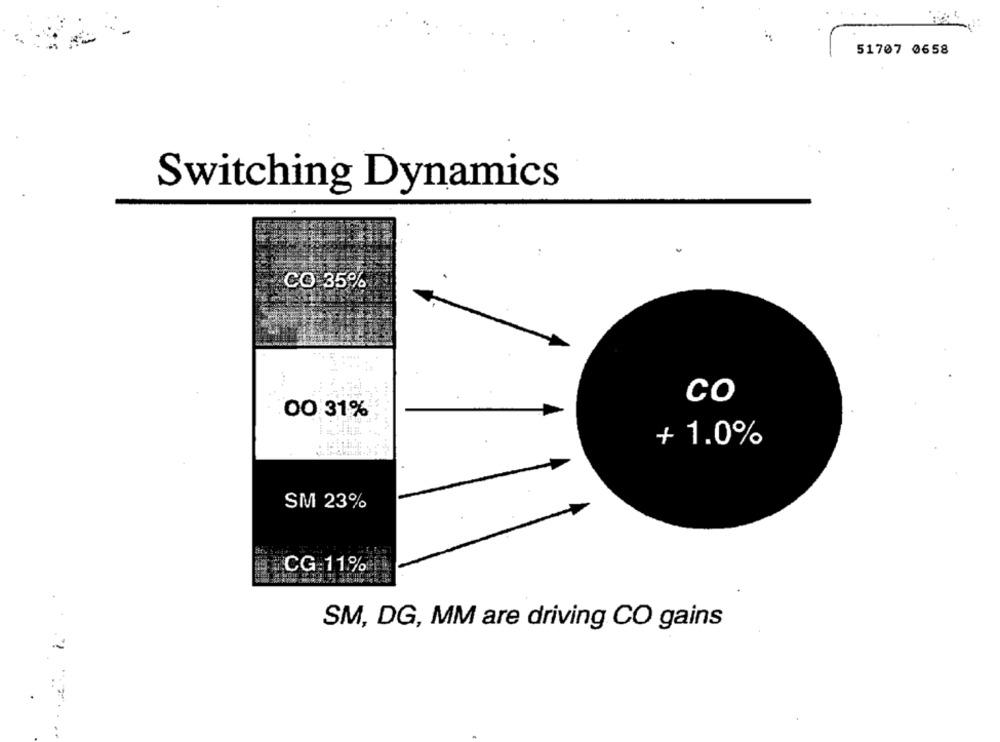
51707 0658
Switching Dynamics
CO 35%
co
00 31%
- 1.0%
SM 23%
CG:11%
SM, DG, MM are driving CO gains